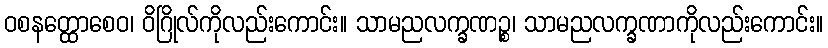
ဝစနတ္ထောစေဝ၊ ဝိဂြိုလ်ကိုလည်းကောင်း။ သာမညလက္ခဏဉ္စ၊ သာမညလက္ခဏာကိုလည်းကောင်း။